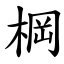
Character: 棡